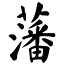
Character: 藩